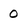
Character: 0